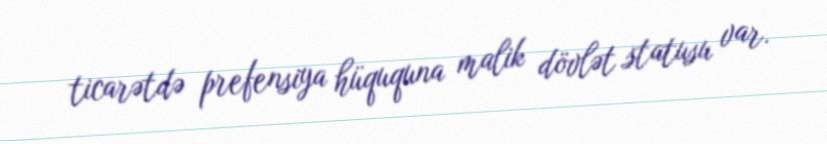
ticarətdə prefensiya hüququna malik dövlət statusu var.